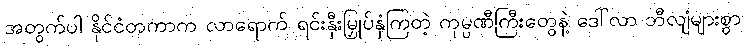
အတွက်ပါ နိုင်ငံတကာက လာရောက် ရင်းနှီးမြှုပ်နှံကြတဲ့ ကုမ္ပဏီကြီးတွေနဲ့ ဒေါ်လာ ဘီလျံများစွာ